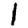
Digit: 1